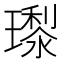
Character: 𭺊